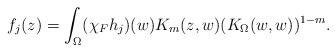
LaTeX: \begin{align*} f_j(z)=\int_\Omega (\chi_F h_j)(w) K_m(z,w) (K_\Omega(w,w))^{1-m}.\end{align*}